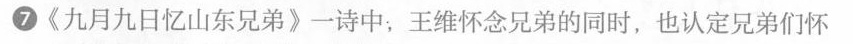
⑦\ll 九月九日忆山东兄弟\gg一诗中，王维怀念兄弟的同时，也认定兄弟们怀